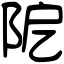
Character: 阸